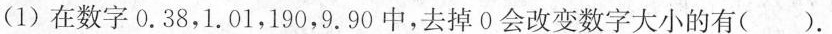
(1)在数字0 . 3 8，1 .0 1，1 9 0，9 .9 0中，去掉0会改变数字大小的有()。